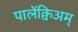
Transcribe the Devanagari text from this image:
पालेंक्विअम्‌